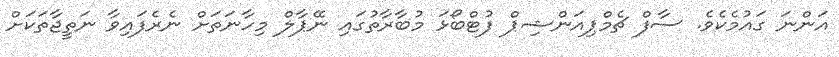
އަންނަ ގައުމެކެވެ. ސާފް ޗެމްޕިއަންޝިޕް ފުޓްބޯޅަ މުބާރާތުގައި ނޭޕާލް މިހާނަތަށް ނެރެފައިވާ ނަތީޖާތަކަށް